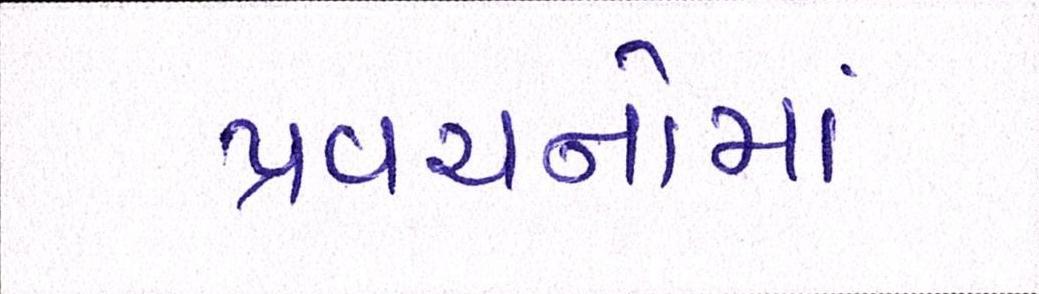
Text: પ્રવચનોમાં